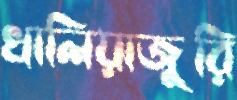
খালিয়াজুরি